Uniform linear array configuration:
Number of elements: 12
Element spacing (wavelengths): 0.75
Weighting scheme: exponential
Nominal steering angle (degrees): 30
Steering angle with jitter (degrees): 32.0
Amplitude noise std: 0.05
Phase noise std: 0.05

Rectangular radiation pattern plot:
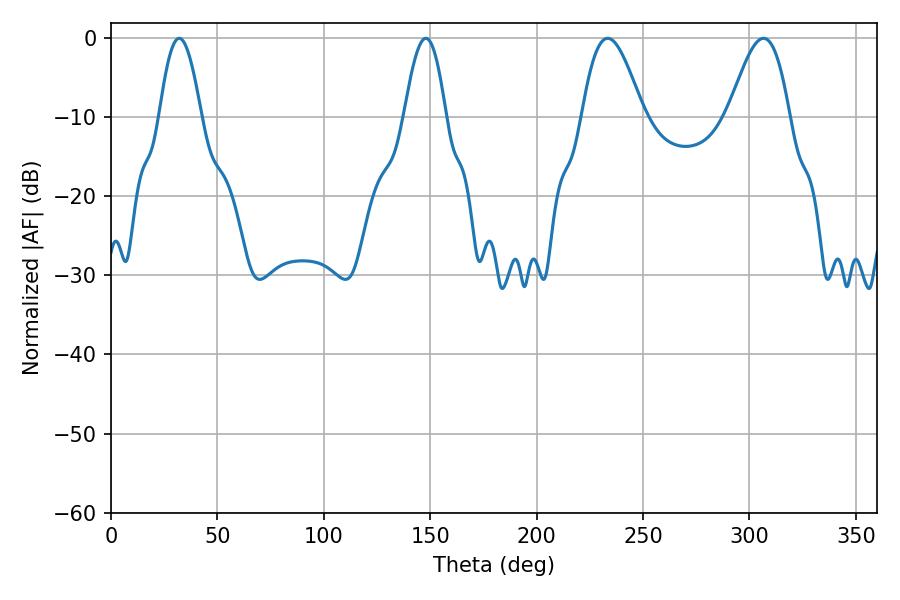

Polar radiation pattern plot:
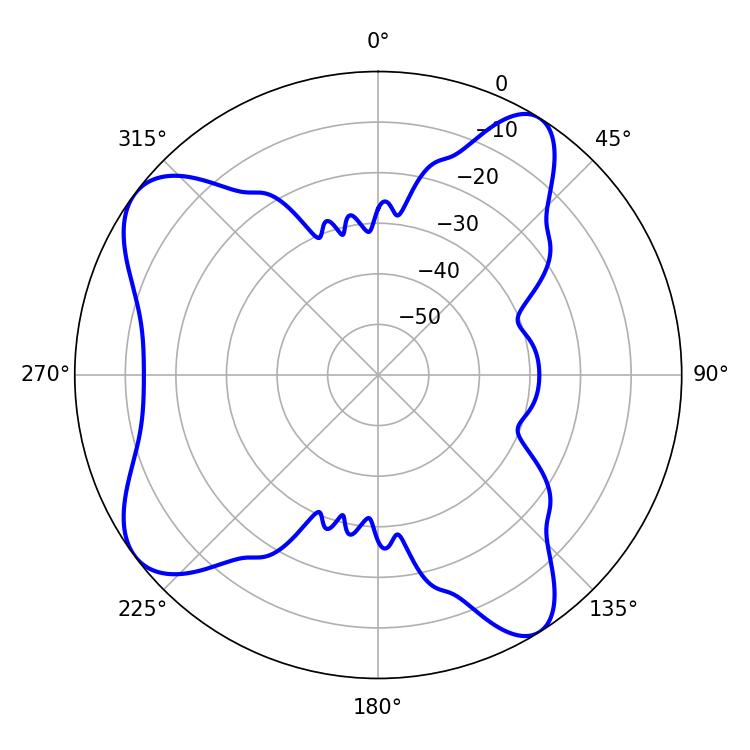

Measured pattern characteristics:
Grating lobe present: TRUE
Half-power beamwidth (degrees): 10.62
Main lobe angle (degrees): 32.04